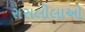
રાસલીલાઓ